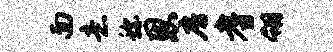
面意称恩房耆翎